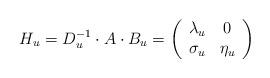
LaTeX: \begin{align*}H_u=D_u\sp{-1}\cdot A\cdot B_u=\left( \begin{array}{cc} \lambda_u & 0 \\ \sigma_u & \eta_u \\ \end{array} \right)\end{align*}